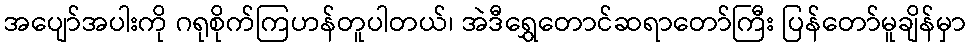
အပျော်အပါးကို ဂရုစိုက်ကြဟန်တူပါတယ်၊ အဲဒီရွှေတောင်ဆရာတော်ကြီး ပြန်တော်မူချိန်မှာ